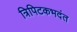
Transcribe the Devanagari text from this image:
त्रिपिटकभदंत